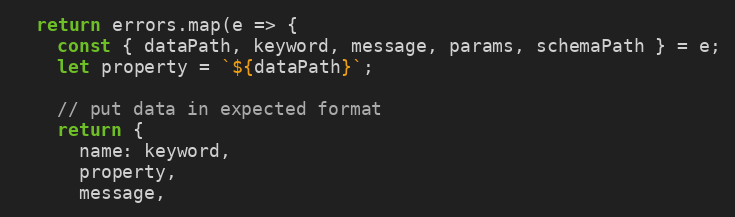
Language: JavaScript
  return errors.map(e => {
    const { dataPath, keyword, message, params, schemaPath } = e;
    let property = `${dataPath}`;

    // put data in expected format
    return {
      name: keyword,
      property,
      message,